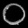
Digit: ၀